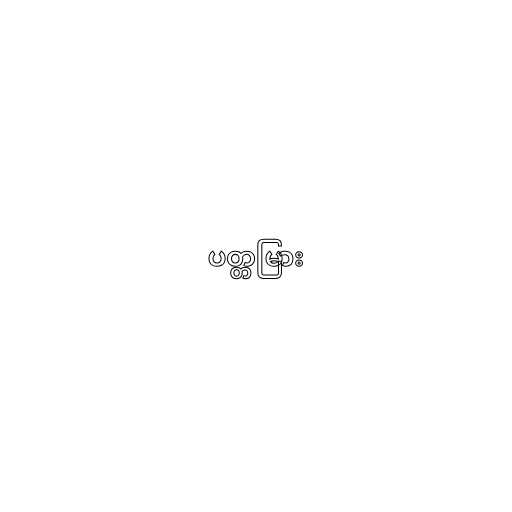
ပတ္တမြား